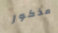
مذكور